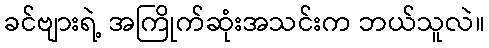
ခင်ဗျားရဲ့ အကြိုက်ဆုံးအသင်းက ဘယ်သူလဲ။